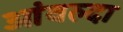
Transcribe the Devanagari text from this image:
आंवल्दा